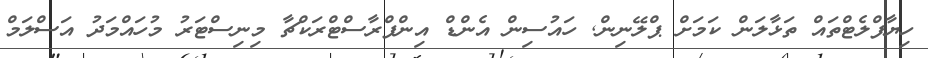
ހިޔާފްލެޓްތައް ތަޅާލަން ކަމަށް ޕްލޭނިން